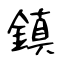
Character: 鎮